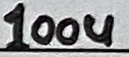
Text: 100u